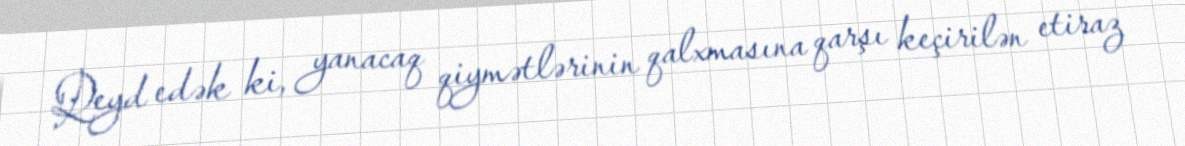
Qeyd edək ki, yanacaq qiymətlərinin qalxmasına qarşı keçirilən etiraz